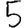
Digit: 5